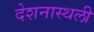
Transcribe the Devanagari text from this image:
देशनास्थली